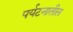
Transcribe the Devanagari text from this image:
पर्यटनातील